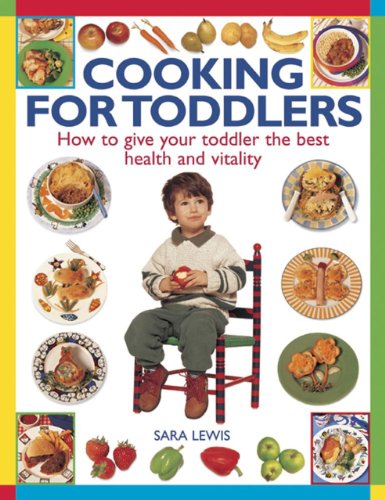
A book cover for Cooking for Toddlers: How To Give Your Toddler The Best Health And Vitality; Sara Lewis; Cookbooks, Food & Wine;